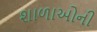
શાળાઓની